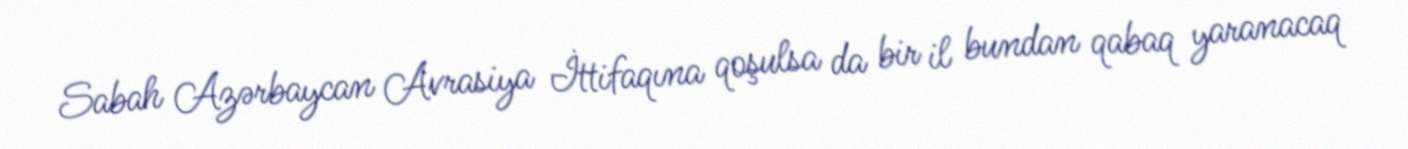
Sabah Azərbaycan Avrasiya İttifaqına qoşulsa da bir il bundan qabaq yaranacaq